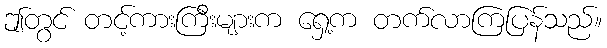
ဤတွင် တင့်ကားကြီးများက ရှေ့က တက်လာကြပြန်သည်။